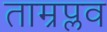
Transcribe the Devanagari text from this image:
ताम्रप्लव